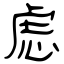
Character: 虑